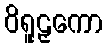
ဝိရူဠှကော